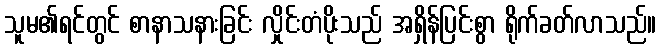
သူမ၏ရင်တွင် စာနာသနားခြင်း လှိုင်းတံပိုးသည် အရှိန်ပြင်းစွာ ရိုက်ခတ်လာသည်။